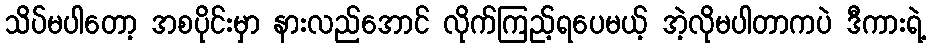
သိပ်မပါတော့ အစပိုင်းမှာ နားလည်အောင် လိုက်ကြည့်ရပေမယ့် အဲ့လိုမပါတာကပဲ ဒီကားရဲ့